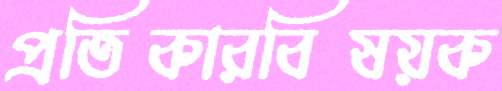
প্রতিকারবিষয়ক